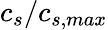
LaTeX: c_{s}/c_{s,max}